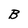
Character: B